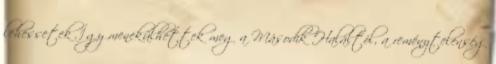
lehessetek Így menekülhettek meg a Második Haláltól, a reménytelenség